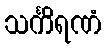
သင်္ကိရဏံ